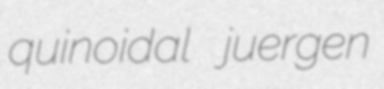
quinoidal juergen